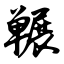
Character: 冁